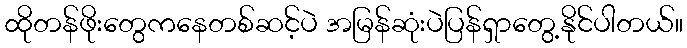
ထိုတန်ဖိုးတွေကနေတစ်ဆင့်ပဲ အမြန်ဆုံးပဲပြန်ရှာတွေ့နိုင်ပါတယ်။